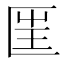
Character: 匩